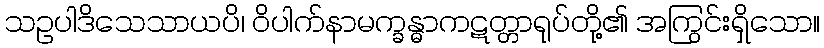
သဥပါဒိသေသာယပိ၊ ဝိပါက်နာမက္ခန္ဓာကဋတ္တာရုပ်တို့၏ အကြွင်းရှိသော။